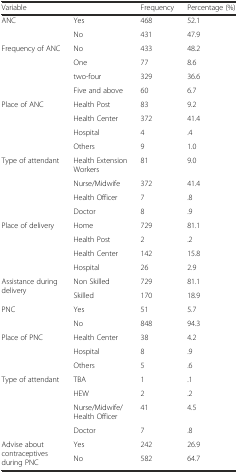
<table><thead><tr><td colspan="2"><b>Variable</b></td><td><b>Frequency</b></td><td><b>Percentage (%)</b></td></tr></thead><tbody><tr><td rowspan="2">ANC</td><td>Yes</td><td>468</td><td>52.1</td></tr><tr><td>No</td><td>431</td><td>47.9</td></tr><tr><td rowspan="4">Frequency of ANC</td><td>No</td><td>433</td><td>48.2</td></tr><tr><td>One</td><td>77</td><td>8.6</td></tr><tr><td>two-four</td><td>329</td><td>36.6</td></tr><tr><td>Five and above</td><td>60</td><td>6.7</td></tr><tr><td rowspan="4">Place of ANC</td><td>Health Post</td><td>83</td><td>9.2</td></tr><tr><td>Health Center</td><td>372</td><td>41.4</td></tr><tr><td>Hospital</td><td>4</td><td>.4</td></tr><tr><td>Others</td><td>9</td><td>1.0</td></tr><tr><td rowspan="4">Type of attendant</td><td>Health Extension Workers</td><td>81</td><td>9.0</td></tr><tr><td>Nurse/Midwife</td><td>372</td><td>41.4</td></tr><tr><td>Health Officer</td><td>7</td><td>.8</td></tr><tr><td>Doctor</td><td>8</td><td>.9</td></tr><tr><td rowspan="4">Place of delivery</td><td>Home</td><td>729</td><td>81.1</td></tr><tr><td>Health Post</td><td>2</td><td>.2</td></tr><tr><td>Health Center</td><td>142</td><td>15.8</td></tr><tr><td>Hospital</td><td>26</td><td>2.9</td></tr><tr><td rowspan="2">Assistance during delivery</td><td>Non Skilled</td><td>729</td><td>81.1</td></tr><tr><td>Skilled</td><td>170</td><td>18.9</td></tr><tr><td rowspan="2">PNC</td><td>Yes</td><td>51</td><td>5.7</td></tr><tr><td>No</td><td>848</td><td>94.3</td></tr><tr><td rowspan="3">Place of PNC</td><td>Health Center</td><td>38</td><td>4.2</td></tr><tr><td>Hospital</td><td>8</td><td>.9</td></tr><tr><td>Others</td><td>5</td><td>.6</td></tr><tr><td rowspan="4">Type of attendant</td><td>TBA</td><td>1</td><td>.1</td></tr><tr><td>HEW</td><td>2</td><td>.2</td></tr><tr><td>Nurse/Midwife/Health Officer</td><td>41</td><td>4.5</td></tr><tr><td>Doctor</td><td>7</td><td>.8</td></tr><tr><td rowspan="2">Advise about contraceptives during PNC</td><td>Yes</td><td>242</td><td>26.9</td></tr><tr><td>No</td><td>582</td><td>64.7</td></tr></tbody></table>